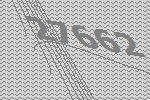
27662